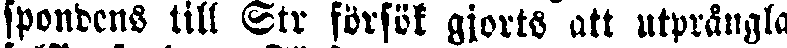
spondens till Str försök gjorts att utprångla